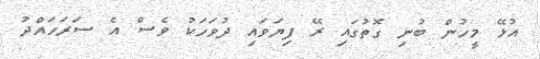
އުޅޭ މީހުން ބުނި ގޮތުގައި ރޭ ފިޔަވައި ދުވަހަކު ވެސް އެ ސަރަހައްދު